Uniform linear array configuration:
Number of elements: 16
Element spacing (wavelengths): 0.25
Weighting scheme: kaiser
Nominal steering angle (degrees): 30
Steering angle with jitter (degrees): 29.311
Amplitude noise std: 0.05
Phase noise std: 0.05

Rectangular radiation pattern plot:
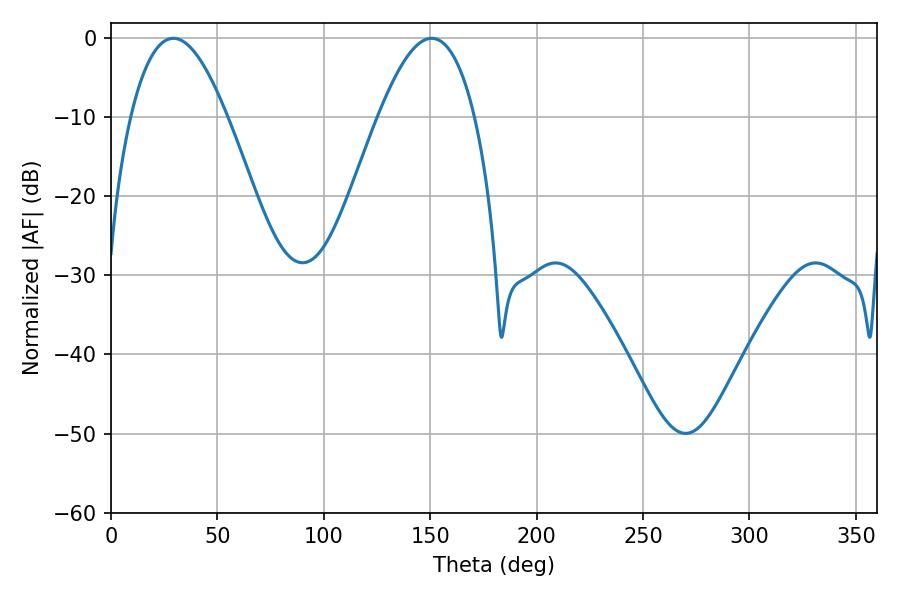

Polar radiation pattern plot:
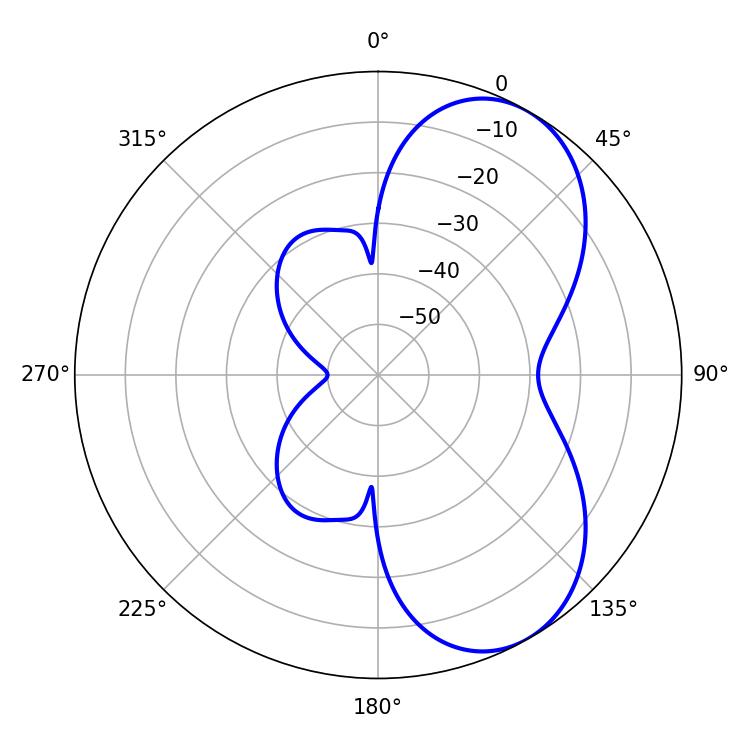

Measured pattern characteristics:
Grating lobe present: FALSE
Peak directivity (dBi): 6.262
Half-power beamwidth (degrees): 24.84
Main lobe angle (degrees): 29.34